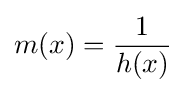
m(x)={\frac {1}{h(x)}}